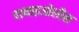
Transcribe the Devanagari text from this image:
पानाइओलौस